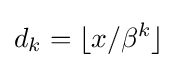
d_{k}=\lfloor x/\beta ^{k}\rfloor